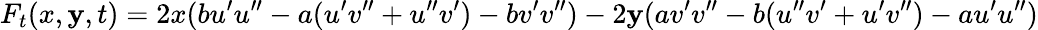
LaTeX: F_{t}(x,\mathbf{y},t)=2x(bu^{\prime}u^{\prime\prime}-a(u^{\prime}v^{\prime\prime}+u^{\prime\prime}v^{\prime})-bv^{\prime}v^{\prime\prime})-2\mathbf{y}(av^{\prime}v^{\prime\prime}-b(u^{\prime\prime}v^{\prime}+u^{\prime}v^{\prime\prime})-au^{\prime}u^{\prime\prime})